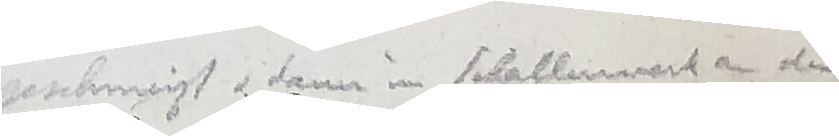
delebemiß v dann in scballarert a di